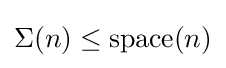
\Sigma (n)\leq {\text{space}}(n)